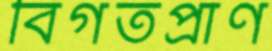
বিগতপ্রাণ